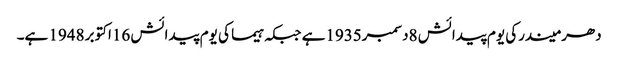
دھرمیندرکی یوم پیدائش 8دسمبر1935ہے جبکہ ہیما کی یوم پیدائش 16اکتوبر 1948 ہے۔